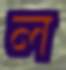
ল